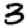
Digit: 3